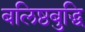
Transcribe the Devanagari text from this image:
बलिष्ठबुद्धि